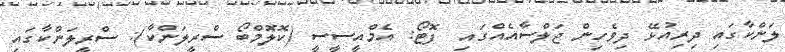
ލަންކާގައި ދިރިއުޅޭ ދިވެހިން ޖަލްސާއެއްގައި  ފޮޓޯ: އެމްއީސީސީ (ކޮލޮމްބޯ ސްރީލަންކާ): ސްރީލަންކާގައި